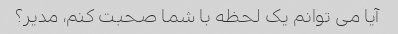
آیا می توانم یک لحظه با شما صحبت کنم، مدیر؟